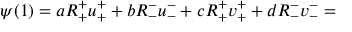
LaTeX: \psi ( 1 ) = a R _ { + } ^ { + } u _ { + } ^ { + } + b R _ { - } ^ { - } u _ { - } ^ { - } + c R _ { + } ^ { + } v _ { + } ^ { + } + d R _ { - } ^ { - } v _ { - } ^ { - } =